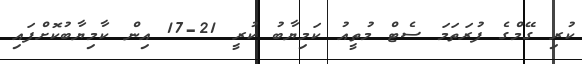
ކުރި ގޭމްގެ ފުރަތަމަ ސެޓް މުތީއު ކަމިޔާބު ކުރީ 21-17 އިން ކާމިޔާބުކޮށްފައި